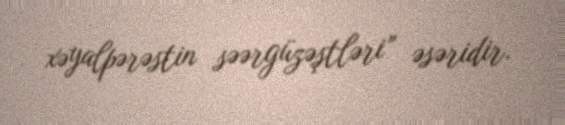
xəyalpərəstin səərgüzəştləri” əsəridir.